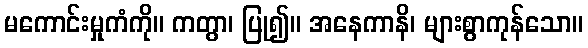
မကောင်းမှုကံကို။ ကတွာ၊ ပြု၍။ အနေကာနိ၊ များစွာကုန်သော။